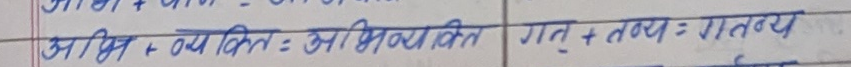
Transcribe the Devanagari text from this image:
आभि + व्यक्ति = अभिव्यक्ति गत् + तथ्य = गतव्य